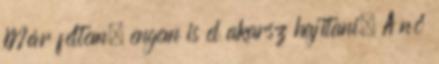
Már féltem, engem is el akarsz hajítani. A nő